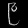
Digit: ၉